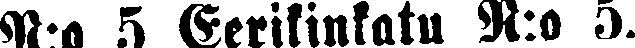
N:o 5 Eerikinkatu N.o 5.